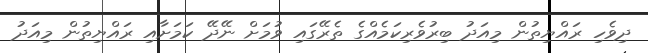
ދިވެހި ރައްޔިތުން މިއަދު ބިރުވެރިކަމެއްގެ ތެރޭގައި ވުމަށް ނޭދޭ ކަމަށާއި ރައްޔިތުން މިއަދު